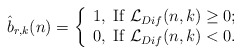
\begin{align*}\hat b_{r,k} (n)= \left\{ \begin{array}{l} 1, \;{\rm If \;} \mathcal{L}_{Dif}(n,k) \geq 0; \\ 0, \;{\rm If \;} \mathcal{L}_{Dif}(n,k) < 0.\end{array} \right.\end{align*}